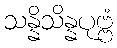
သန္နိသိန္နပုဗ္ဗံ